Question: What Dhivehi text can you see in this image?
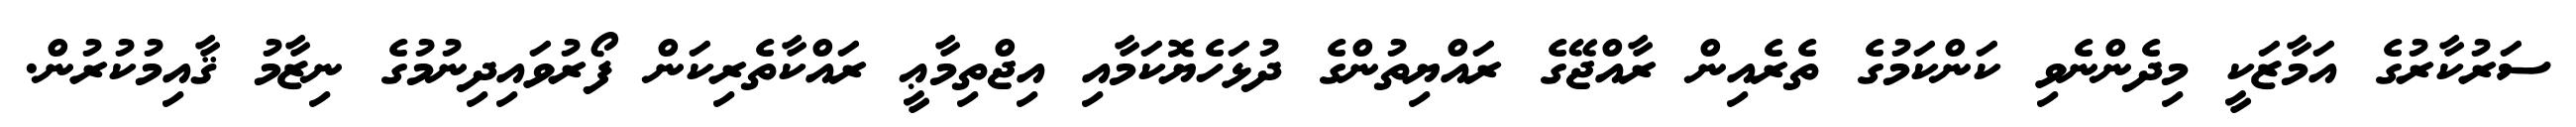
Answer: ސަރުކާރުގެ އަމާޒަކީ މިދެންނެވި ކަންކަމުގެ ތެރެއިން ރާއްޖޭގެ ރައްޔިތުންގެ ދުޅަހެޔޮކަމާއި އިޖްތިމާޢީ ރައްކާތެރިކަން ފޯރުވައިދިނުމުގެ ނިޒާމު ޤާއިމުކުރުން.